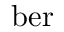
\mathrm { b e r }